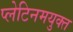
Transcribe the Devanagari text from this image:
प्लेटिनमयुक्त